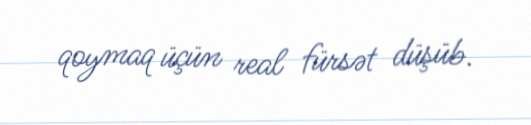
qoymaq üçün real fürsət düşüb.